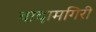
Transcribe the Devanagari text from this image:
बादामगिरी